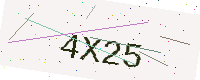
Text: 4X25